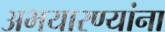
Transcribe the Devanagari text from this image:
अभयारण्यांना